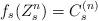
LaTeX: \begin{align*} f_s(Z^n_s)=C^{(n)}_s \end{align*}